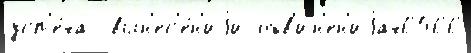
усп'е́ха  вын'ес'е́н'иjи обв'ин'ен'иjах6566